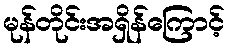
မုန်တိုင်းအရှိန်ကြောင့်